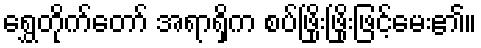
ရွှေတိုက်တော် အရာရှိက စပ်ဖြိုးဖြိုးဖြင့်မေး၏။